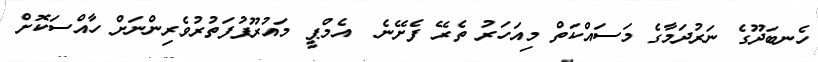
ހެނބަދޫގެ ނަރުދަމާގެ މަސައްކަތް މިއަހަރު ތެރޭ ފެށޭނެ  އެމްޕީ މައުރޫފުފަތުރުވެރިންނަށް ހާއްސަކޮށް